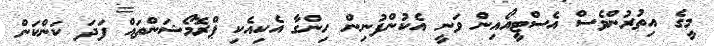
މީގެ އިތުރުންވެސް އެސްޓީއޯއިން ވަނީ އެކުންފުނިން ހިންގާ އެކިއެކި ޕްރޮމޯޝަންތައް ފަދަ ކަންކަން